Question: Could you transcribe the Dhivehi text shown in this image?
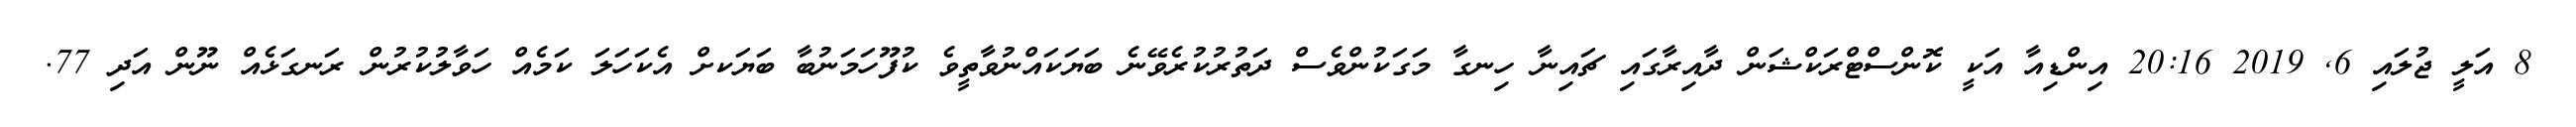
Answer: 8 އަލީ ޖުލައި 6, 2019 20:16 އިންޑިއާ އަކީ ކޮންސްޓްރަކްޝަން ދާއިރާގައި ޗައިނާ ހިނގާ މަގަކުންވެސް ދަތުރުކުރެވޭނެ ބަޔަކައްނުވާތީވެ ކުފޫހަމަނުބާ ބަޔަކށް އެކަހަލަ ކަމެއް ހަވާލުކުރުން ރަނގަޅެއް ނޫން އަދި 77.